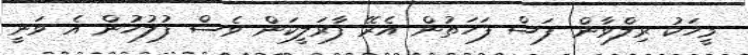
މީހަކު ރިލްވާން ފަސް ފަހަތުން އެރޭ ފާރަލީކަން ވެސް ފުލުހުން އެ ވަނީ